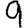
Digit: 9